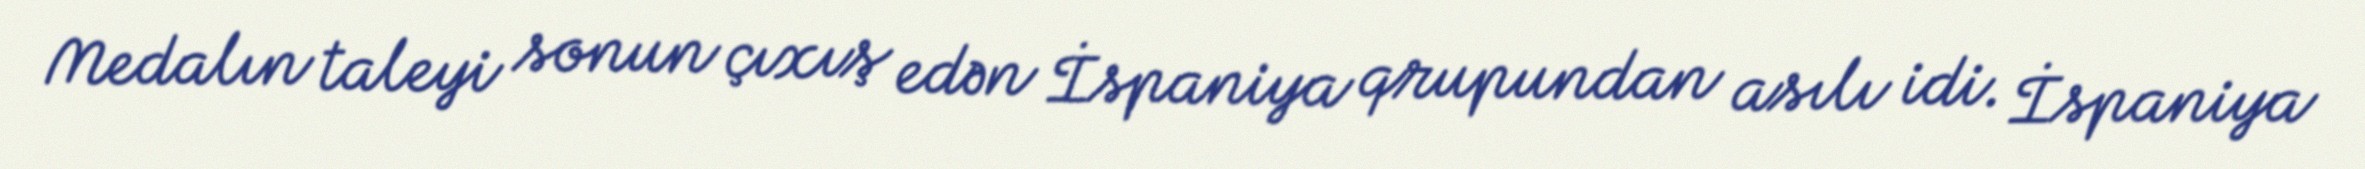
Medalın taleyi sonun çıxış edən İspaniya qrupundan asılı idi. İspaniya